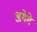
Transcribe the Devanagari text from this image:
अगेगे